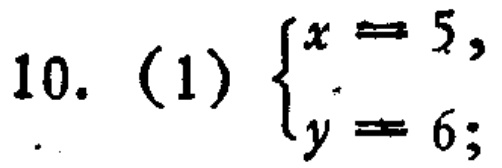
\[10. \text{ (1) } \begin{cases}x = 5,\\y = 6;\end{cases}\]